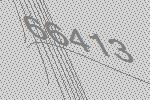
66413